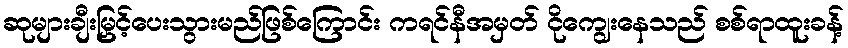
ဆုများချီးမြှင့်ပေးသွားမည်ဖြစ်ကြောင်း ကရင်နီအမှတ် ငိုကျွေးနေသည် စစ်ရာထူးခန့်